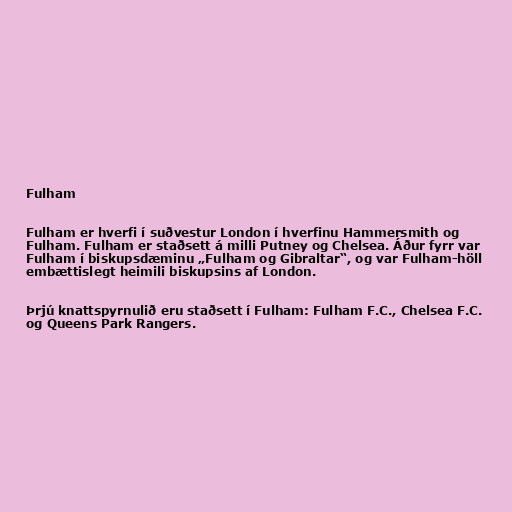
Fulham

Fulham er hverfi í suðvestur London í hverfinu Hammersmith og
Fulham. Fulham er staðsett á milli Putney og Chelsea. Áður fyrr var
Fulham í biskupsdæminu „Fulham og Gibraltar“, og var Fulham-höll
embættislegt heimili biskupsins af London.

Þrjú knattspyrnulið eru staðsett í Fulham: Fulham F.C., Chelsea F.C.
og Queens Park Rangers.